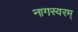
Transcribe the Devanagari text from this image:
नागस्वरम्‌